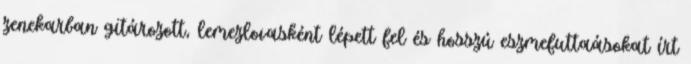
zenekarban gitározott, lemezlovasként lépett fel és hosszú eszmefuttaásokat írt